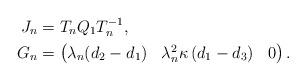
LaTeX: \begin{align*}J_n &= T_nQ_1T_n^{-1}, \\G_n &= \begin{pmatrix}\lambda_n(d_2-d_1) & \lambda_n^2\kappa\left ( d_1-d_3\right ) & 0\end{pmatrix}. \end{align*}